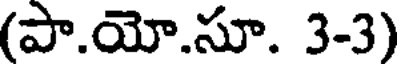
(పా.యో.సూ. 3-3)